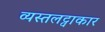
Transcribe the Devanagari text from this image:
व्यस्तलट्वाकार